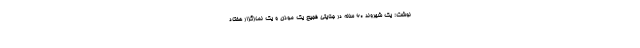
نوشت: یک شهروند ۶۰ ساله در جنایتی فجیع یک موذن و یک نمازگزار هفتاد